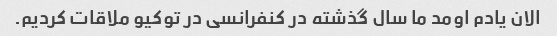
الان یادم اومد ما سال گذشته در کنفرانسی در توکیو ملاقات کردیم.